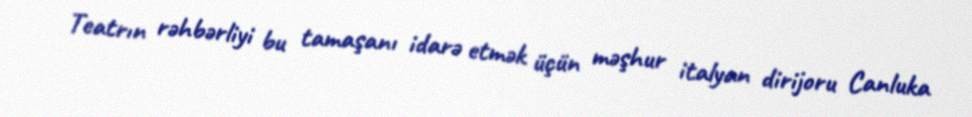
Teatrın rəhbərliyi bu tamaşanı idarə etmək üçün məşhur italyan dirijoru Canluka